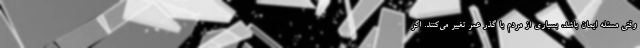
وقتی مسئله ایمان باشد، بسیاری از مردم با گذر عمر تغییر می‌کنند. اگر